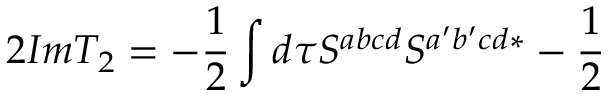
2 I m T _ { 2 } = - \frac 1 2 \int d \tau S ^ { a b c d } S ^ { a ^ { \prime } b ^ { \prime } c d * } - \frac 1 2